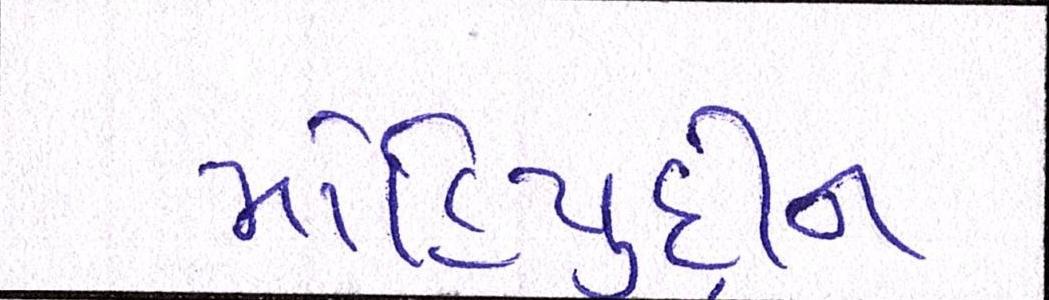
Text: મોહિયુદ્દીન